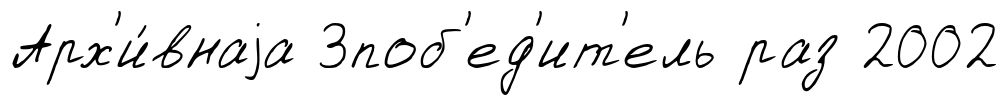
Арх'и́внаjа 3поб'ед'ит'ель раз 2002